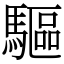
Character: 驅